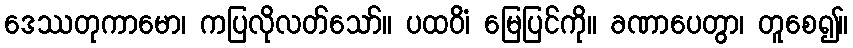
ဒေဿတုကာမော၊ ကပြလိုလတ်သော်။ ပထဝိံ၊ မြေပြင်ကို။ ခဏာပေတွာ၊ တူစေ၍။